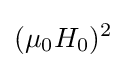
(\mu _{0}H_{0})^{2}